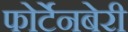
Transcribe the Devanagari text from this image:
फोर्टेनबेरी